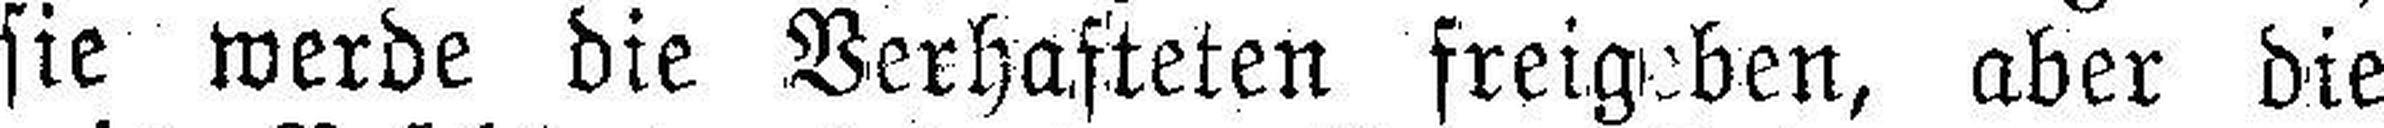
sie werde die Verhafteten freigeben, aber die